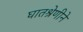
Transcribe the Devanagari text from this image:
घातश्रेणीने